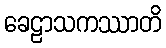
ခေဠာသကဿာတိ